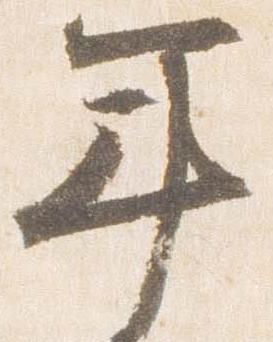
年